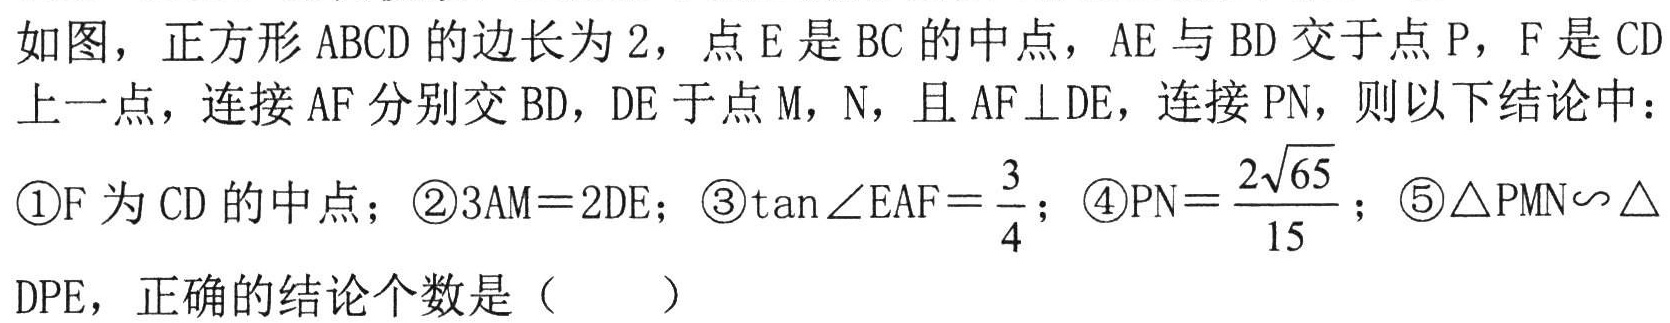
如图，正方形 \(ABCD\) 的边长为 \(2\)，点 \(E\) 是 \(BC\) 的中点，\(AE\) 与 \(BD\) 交于点 \(P\)，\(F\) 是 \(CD\) 上一点，连接 \(AF\) 分别交 \(BD\)，\(DE\) 于点 \(M\)，\(N\)，且 \(AF\perp DE\)，连接 \(PN\)，则以下结论中：
\textcircled{1}\(F\) 为 \(CD\) 的中点；\textcircled{2}\(3AM = 2DE\)；\textcircled{3}\(\tan\angle EAF=\frac{3}{4}\)；\textcircled{4}\(PN=\frac{2\sqrt{65}}{15}\)；\textcircled{5}\(\triangle PMN\sim\triangle DPE\)，正确的结论个数是（  ）